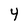
Character: 4